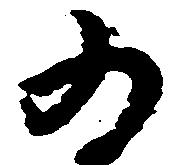
為